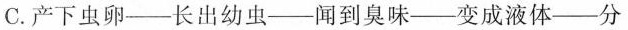
C. 产下虫卵——长出幼虫——闻到臭味——变成液体——分